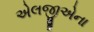
એલજીએના